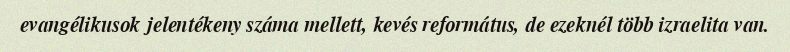
evangélikusok jelentékeny száma mellett, kevés református, de ezeknél több izraelita van.